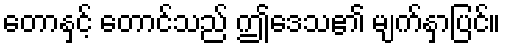
တောနှင့် တောင်သည် ဤဒေသ၏ မျက်နှာပြင်။